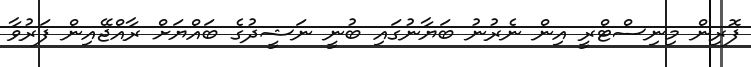
ފޮރިން މިނިސްޓްރީ އިން ނެރުނު ބަޔާނުގައި ބުނީ ނަޝީދުގެ ބައްޔަށް ރާއްޖޭއިން ފަރުވާ